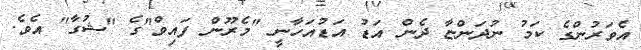
އެވަރުންގެ ކަމު ނުދަންޏާ ދެން އަޑު އަޑުއަހާނީ "މެރޫން ފައިވް"ގެ "ޝުގާ" އެވެ.